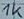
Text: 1k